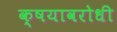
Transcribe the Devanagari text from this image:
क्षयावरोधी